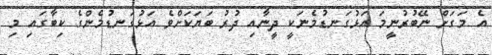
އެ މަގަށް ނޭބުރުނީމަ އަޅުގަނޑުމެނަކީ ދީނާއި ދުރު ބަޔަކަށްވެ އަޅުގަނޑުމެންގެ ކިބާގައި މި